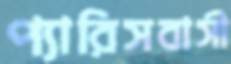
প্যারিসবাসী